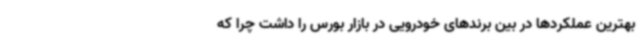
بهترین عملکردها در بین برندهای خودرویی در بازار بورس را داشت چرا که